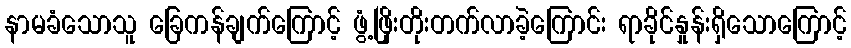
နာမခံသောသူ ခြေကန်ချက်ကြောင့် ဖွံ့ဖြိုးတိုးတက်လာခဲ့ကြောင်း ရာခိုင်နှုန်းရှိသောကြောင့်